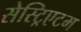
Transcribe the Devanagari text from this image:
सेस्ट्रिएटम